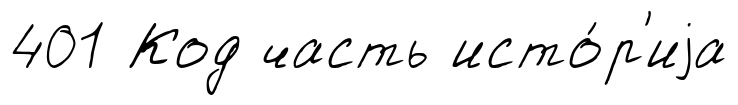
401 Код часть исто́р'иjа